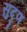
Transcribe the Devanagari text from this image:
सुदृण